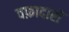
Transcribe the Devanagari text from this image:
वफ़ादारों